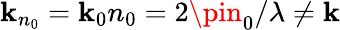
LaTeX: \mathbf{k}_{n_{0}}=\mathbf{k}_{0}n_{0}=2\pin_{0}/\lambda\neq\mathbf{k}